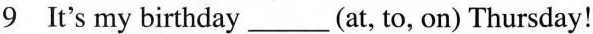
9 It's my birthday___(at, to, on) Thursday!